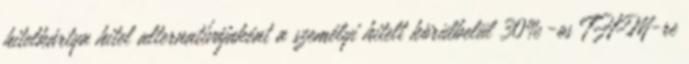
hitelkártya hitel alternatívájaként a személyi hitelt körülbelül 30%-os THM-re